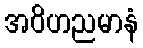
အဝိဟညမာနံ